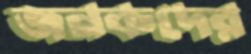
জনকদের